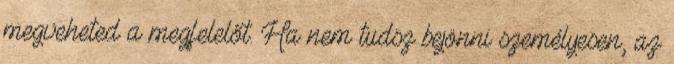
megveheted a megfelelőt. Ha nem tudsz bejönni személyesen, az